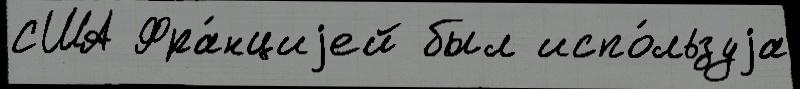
США Фра́нциjей был испо́льзуjа